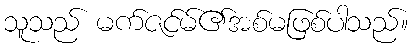
သူသည် မက်ဇင်မ်၏အစ်မဖြစ်ပါသည်။